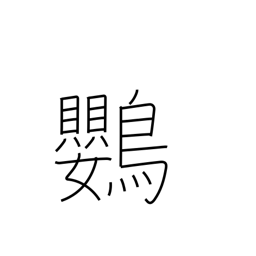
Meaning: parrot